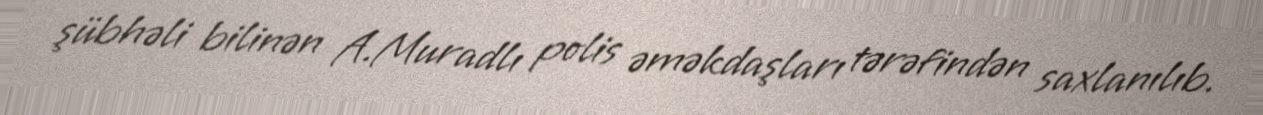
şübhəli bilinən A.Muradlı polis əməkdaşları tərəfindən saxlanılıb.